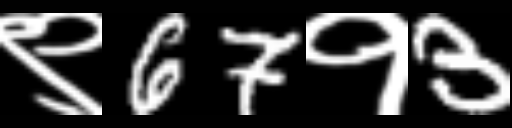
Text: ९67१3